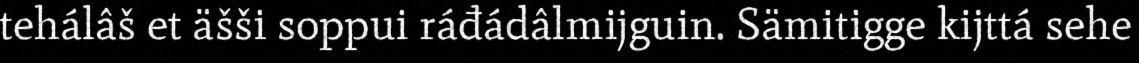
tehálâš et äšši soppui ráđádâlmijguin. Sämitigge kijttá sehe